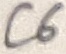
Text: C6